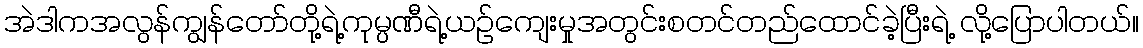
အဲဒါကအလွန်ကျွန်တော်တို့ရဲ့ကုမ္ပဏီရဲ့ယဉ်ကျေးမှုအတွင်းစတင်တည်ထောင်ခဲ့ပြီးရဲ့ လို့ပြောပါတယ်။